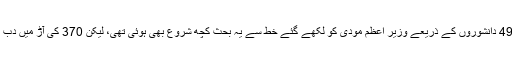
اور 49 دانشوروں کے ذریعے وزیر اعظم مودی کو لکھے گئے خط سے یہ بحث کچھ شروع بھی ہوئی تھی، لیکن 370 کی آڑ میں دب گئی۔